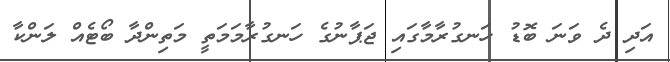
އަދި ދެ ވަނަ ބޮޑު ހަނގުރާމާގައި ޖަޕާނުގެ ހަނގުރާމަމަތީ މަތިންދާ ބޯޓެއް ލަންކާ